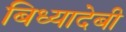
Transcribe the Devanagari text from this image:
बिध्यादेबी